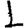
Digit: 1